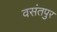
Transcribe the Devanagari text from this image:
वसंतपुर